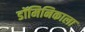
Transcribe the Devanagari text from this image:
डॉमिनिकाला